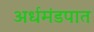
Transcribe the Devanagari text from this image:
अर्धमंडपात